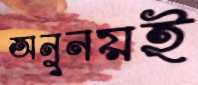
অনুনয়ই